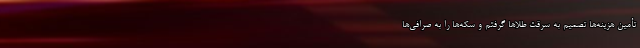
تأمین هزینه‌ها تصمیم به سرقت طلا‌ها گرفتم و سکه‌ها را به صرافی‌ها